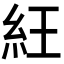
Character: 𥿁